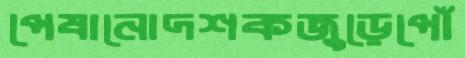
পেষানোদশকজুড়েপোঁ